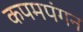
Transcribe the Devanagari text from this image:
कपमपंगन